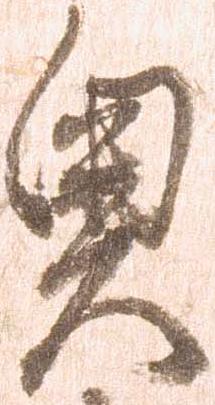
奥